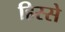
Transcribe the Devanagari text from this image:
हिस्‍स्‍ो